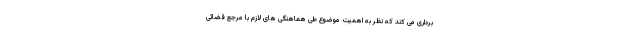
برداری می کند که نظر به اهمیت موضوع طی هماهنگی های لازم با مرجع قضائی